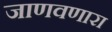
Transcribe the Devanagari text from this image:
जाणवणारा